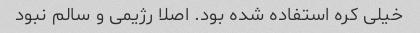
خیلی کره استفاده شده بود. اصلا رژیمی و سالم نبود